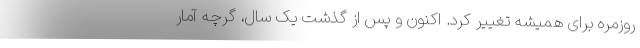
روزمره برای همیشه تغییر کرد. اکنون و پس از گذشت یک سال، گرچه آمار